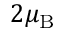
2 \mu _ { \mathrm { B } }